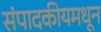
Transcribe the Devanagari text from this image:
संपादकीयमधून